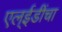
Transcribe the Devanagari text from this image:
एल्‌ईडींचा